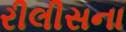
રીલીસના